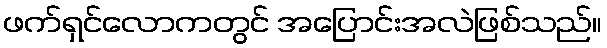
ဖက်ရှင်လောကတွင် အပြောင်းအလဲဖြစ်သည်။